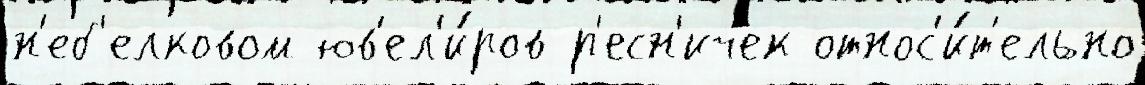
н'еб'елковом юв'ел'и́ров р'есн'ичек относ'и́т'ельно